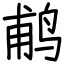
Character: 𬷕